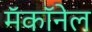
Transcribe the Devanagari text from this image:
मॅकॉनेल